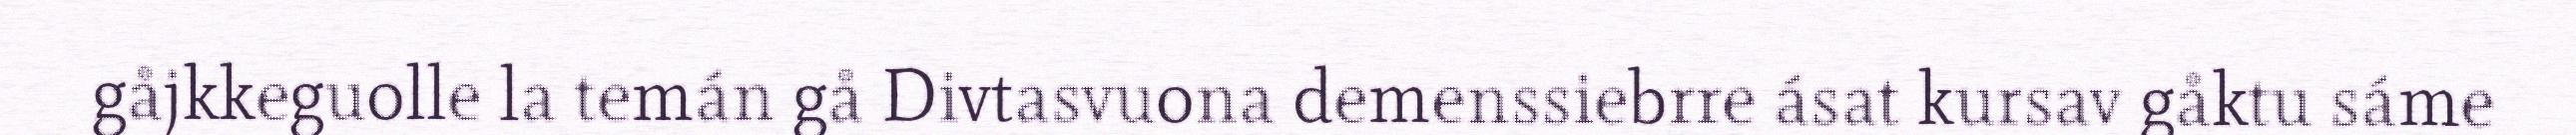
gåjkkeguolle la temán gå Divtasvuona demenssiebrre ásat kursav gåktu sáme